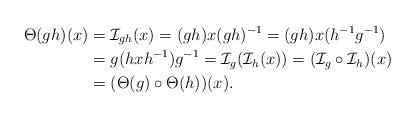
LaTeX: \begin{align*} \Theta (gh)(x) & =\mathcal{I}_{gh}(x) =(gh)x(gh)^{-1}=(gh)x(h^{-1}g^{-1}) \\ & =g(hxh^{-1})g^{-1}=\mathcal{I}_g(\mathcal{I}_h(x))=(\mathcal{I}_g\circ \mathcal{I}_h)(x) \\ &=(\Theta (g)\circ \Theta (h))(x).\end{align*}